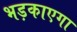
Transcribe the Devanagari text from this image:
भड़काएगा